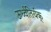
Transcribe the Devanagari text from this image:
ऊर्ध्वतिर्यक्‌